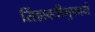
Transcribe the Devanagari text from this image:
सिंहावतीगुफामें